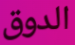
الدوق